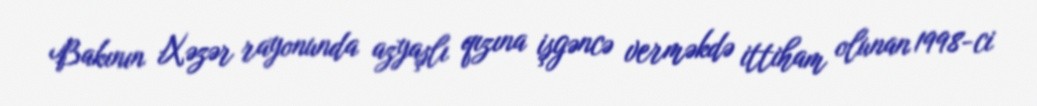
Bakının Xəzər rayonunda azyaşlı qızına işgəncə verməkdə ittiham olunan 1998-ci